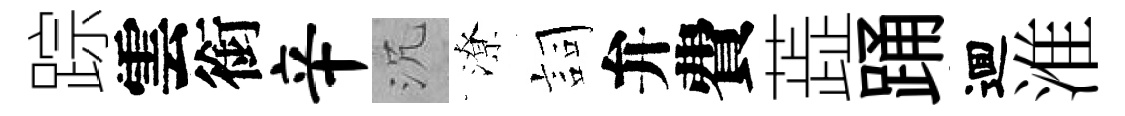
踪雲銜辛沉潦詞弁費蕋踊逥淮